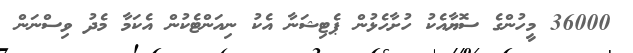
36000 މީހުންގެ ސޮޔާއެކު ހުށާހެޅުން ޕެޓިޝަނާ އެކު ނިއަންޓެކުން އެކަމާ މެދު ވިސްނަން